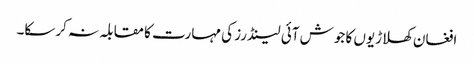
افغان کھلاڑیوں کا جوش آئی لینڈرز کی مہارت کا مقابلہ نہ کرسکا۔